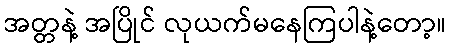
အတ္တနဲ့ အပြိုင် လုယက်မနေကြပါနဲ့တော့။